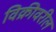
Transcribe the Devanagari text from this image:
विक्रीवरील